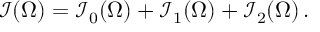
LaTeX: \mathcal { I } ( \Omega ) = \mathcal { I } _ { 0 } ( \Omega ) + \mathcal { I } _ { 1 } ( \Omega ) + \mathcal { I } _ { 2 } ( \Omega ) \, .